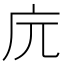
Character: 𢇟